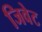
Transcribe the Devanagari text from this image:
जिवेट